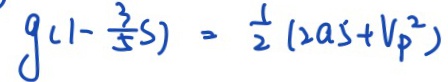
g ( 1 - \frac { 3 } { 5 } s ) = \frac { 1 } { 2 } ( 2 a 5 + V _ { p } ^ { 2 } )